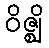
ဝိဇ္ဈိ